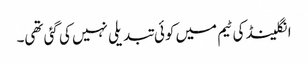
انگلینڈ کی ٹیم میں کوئی تبدیلی نہیں کی گئی تھی۔